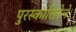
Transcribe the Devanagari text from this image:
पुरस्कारिलेले